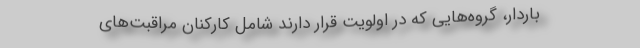
باردار، گروه‌هایی که در اولویت قرار دارند شامل کارکنان مراقبت‌های